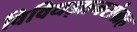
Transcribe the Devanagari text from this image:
विविधज्ञानसंग्रह